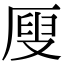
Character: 𠪇